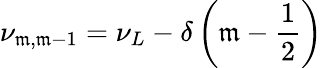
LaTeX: \nu_{\mathfrak{m},\mathfrak{m}-1}=\nu_{L}-\delta\left(\mathfrak{m}-\frac{{1}}{{2}}\right)